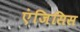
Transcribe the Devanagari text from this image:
एंजिसिस